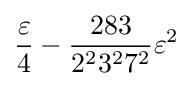
{\frac {\varepsilon }{4}}-{\frac {283}{2^{2}3^{2}7^{2}}}\varepsilon ^{2}